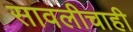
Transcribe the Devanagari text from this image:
सावलीचाही